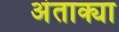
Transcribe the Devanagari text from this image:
अंताक्या